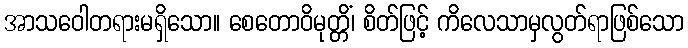
အာသဝေါတရားမရှိသော။ စေတောဝိမုတ္တိံ၊ စိတ်ဖြင့် ကိလေသာမှလွတ်ရာဖြစ်သော